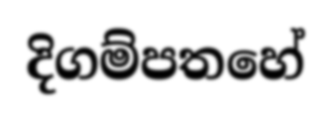
දිගම්පතහේ